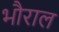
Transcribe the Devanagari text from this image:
भौराल